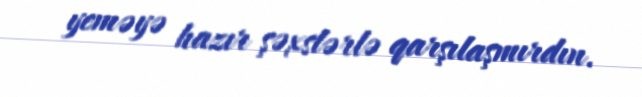
yeməyə hazır şəxslərlə qarşılaşmırdın.